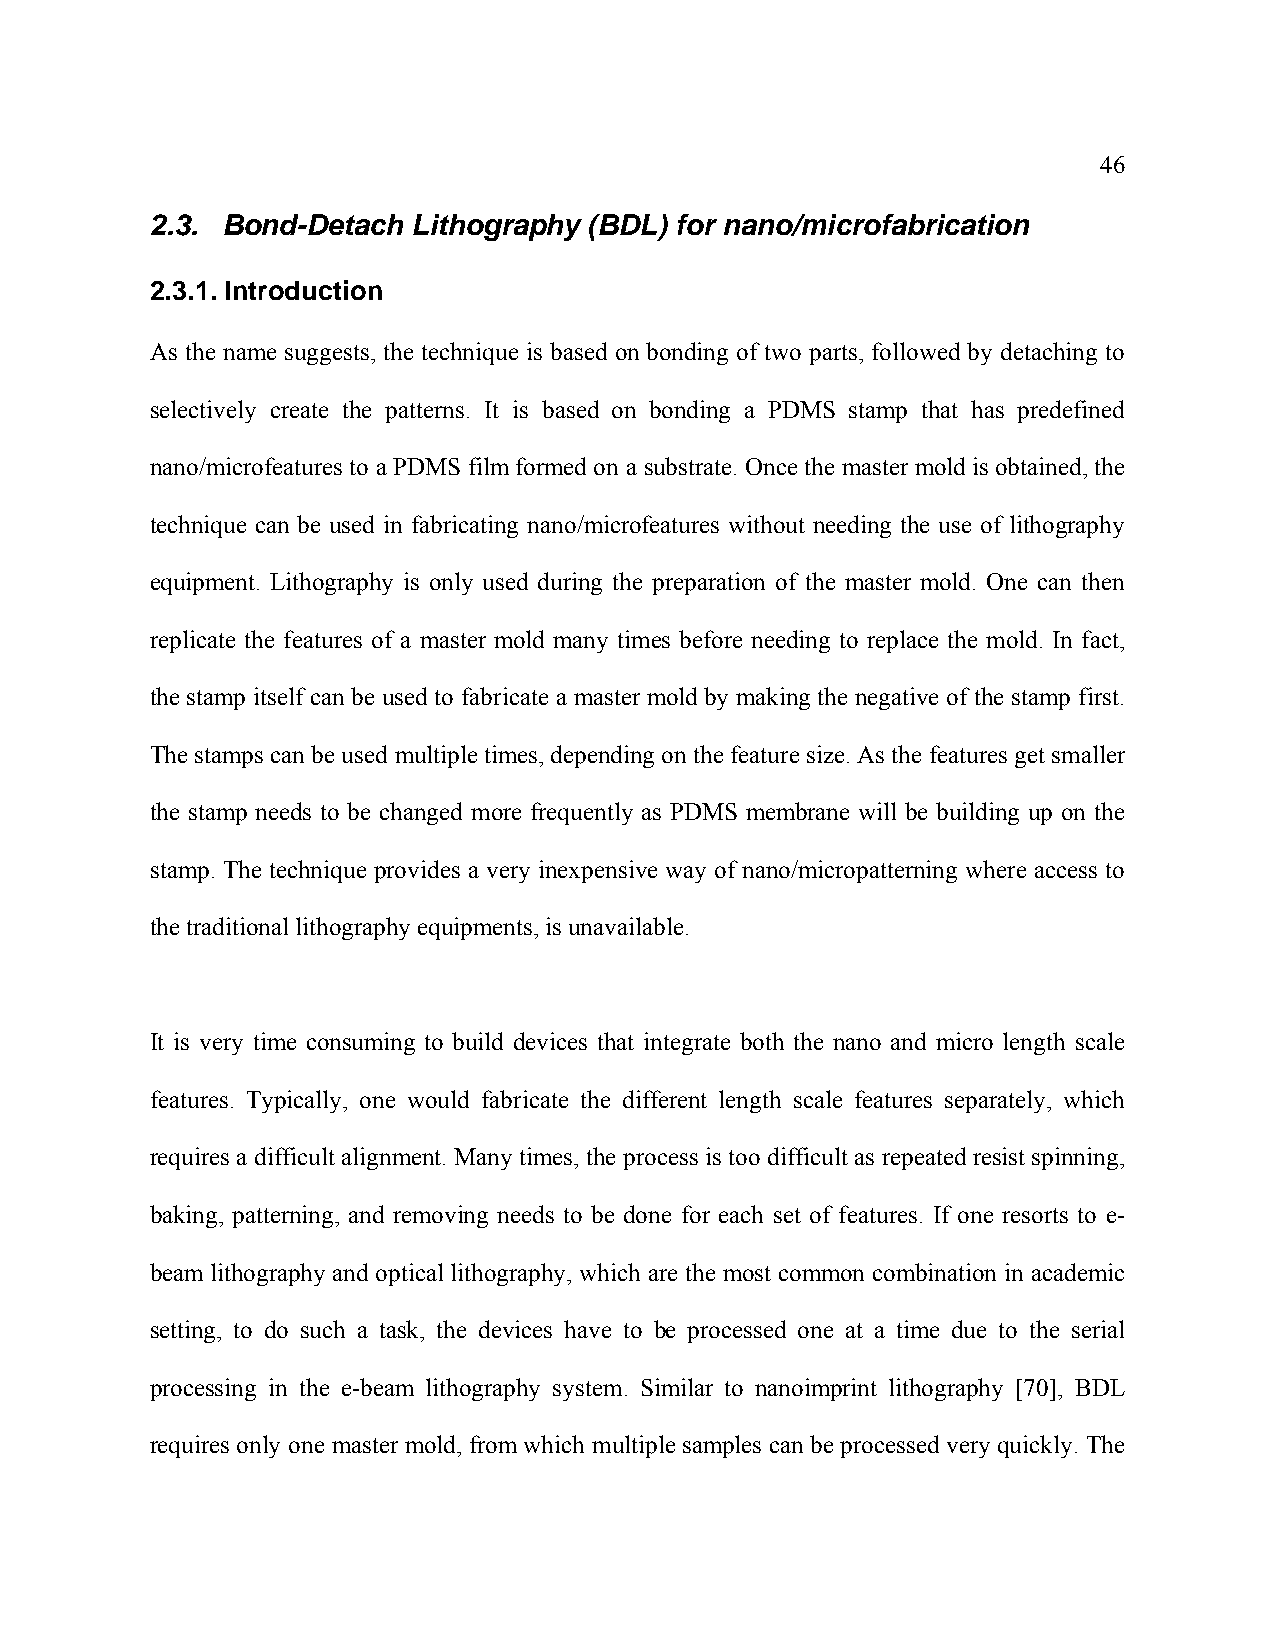
46
 2.3. Bond-Detach Lithography (BDL) for nano/microfabrication
 2.3.1. Introduction
 As the name suggests, the technique is based on bonding of two parts, followed by detaching to
 selectively create the patterns. It is based on bonding a PDMS stamp that has predefined
 nano/microfeatures to a PDMS film formed on a substrate. Once the master mold is obtained, the
 technique can be used in fabricating nano/microfeatures without needing the use of lithography
 equipment. Lithography is only used during the preparation of the master mold. One can then
 replicate the features of a master mold many times before needing to replace the mold. In fact,
 the stamp itself can be used to fabricate a master mold by making the negative of the stamp first.
 The stamps can be used multiple times, depending on the feature size. As the features get smaller
 the stamp needs to be changed more frequently as PDMS membrane will be building up on the
 stamp. The technique provides a very inexpensive way of nano/micropatterning where access to
 the traditional lithography equipments, is unavailable.
 It is very time consuming to build devices that integrate both the nano and micro length scale
 features. Typically, one would fabricate the different length scale features separately, which
 requires a difficult alignment. Many times, the process is too difficult as repeated resist spinning,
 baking, patterning, and removing needs to be done for each set of features. If one resorts to e-
 beam lithography and optical lithography, which are the most common combination in academic
 setting, to do such a task, the devices have to be processed one at a time due to the serial
 processing in the e-beam lithography system. Similar to nanoimprint lithography [70], BDL
 requires only one master mold, from which multiple samples can be processed very quickly. The